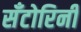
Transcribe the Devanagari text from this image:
सँटोरिनी